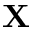
\mathbf { X }